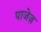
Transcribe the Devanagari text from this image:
पाजेज़